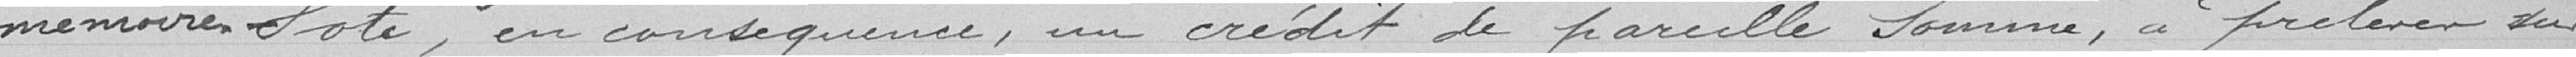
mémoire. Vote, en conséquence, un crédit de pareille somme, à prélever sur